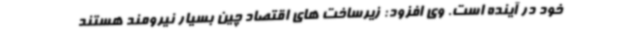
خود در آینده است. وی افزود: زیرساخت های اقتصاد چین بسیار نیرومند هستند